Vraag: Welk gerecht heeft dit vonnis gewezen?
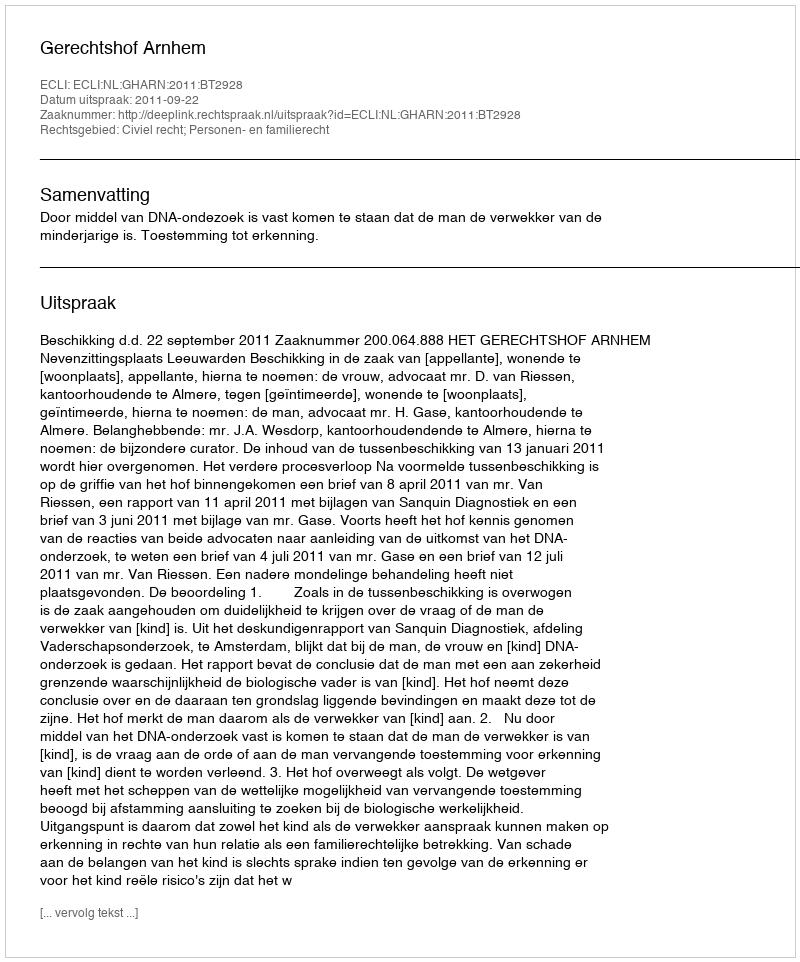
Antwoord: Gerechtshof Arnhem